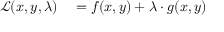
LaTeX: \begin{array} { r l } { { \mathcal { L } } ( x , y , \lambda ) } & { { } = f ( x , y ) + \lambda \cdot g ( x , y ) } \end{array}